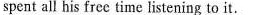
spent all his frec time listening to it.